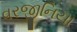
વરજીનિયા